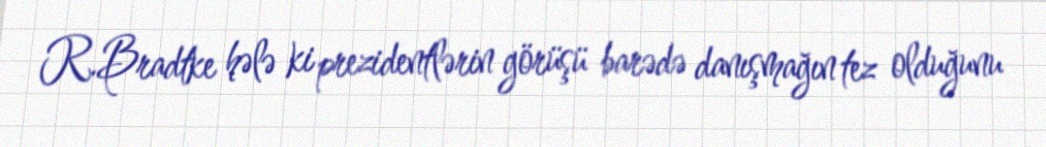
R.Bradtke hələ ki prezidentlərin görüşü barədə danışmağın tez olduğunu